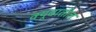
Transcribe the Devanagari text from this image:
क्यूबातील